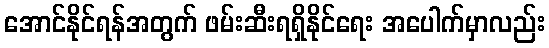
အောင်နိုင်ရန်အတွက် ဖမ်းဆီးရရှိနိုင်ရေး အပေါက်မှာလည်း